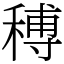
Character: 𥠵